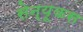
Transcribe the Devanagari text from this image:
सेन्यूकस